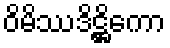
ဝိမိဿဒိဋ္ဌိကော